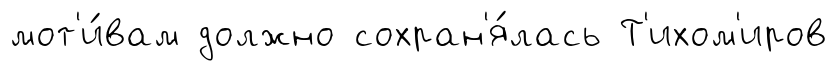
мот'и́вам должно сохран'я́лась Т'ихом'иров